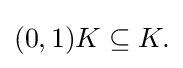
{\textstyle (0,1)K\subseteq K.}